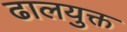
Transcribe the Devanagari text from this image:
ढालयुक्त